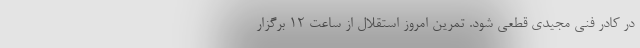
در کادر فنی مجیدی قطعی شود. تمرین امروز استقلال از ساعت ۱۲ برگزار